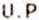
U.P